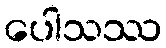
ပေါသဿ